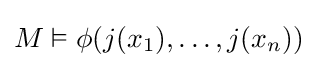
M\vDash \phi (j(x_{1}),\ldots ,j(x_{n}))